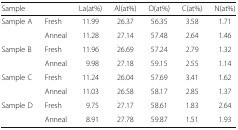
<table><thead><tr><td><b>Sample</b></td><td></td><td><b>La(at%)</b></td><td><b>Al(at%)</b></td><td><b>O(at%)</b></td><td><b>C(at%)</b></td><td><b>N(at%)</b></td></tr></thead><tbody><tr><td rowspan="2">Sample A</td><td>Fresh</td><td>11.99</td><td>26.37</td><td>56.35</td><td>3.58</td><td>1.71</td></tr><tr><td>Anneal</td><td>11.28</td><td>27.14</td><td>57.48</td><td>2.64</td><td>1.46</td></tr><tr><td rowspan="2">Sample B</td><td>Fresh</td><td>11.96</td><td>26.69</td><td>57.24</td><td>2.79</td><td>1.32</td></tr><tr><td>Anneal</td><td>9.98</td><td>27.18</td><td>59.15</td><td>2.55</td><td>1.14</td></tr><tr><td rowspan="2">Sample C</td><td>Fresh</td><td>11.24</td><td>26.04</td><td>57.69</td><td>3.41</td><td>1.62</td></tr><tr><td>Anneal</td><td>11.03</td><td>26.58</td><td>58.17</td><td>2.85</td><td>1.37</td></tr><tr><td rowspan="2">Sample D</td><td>Fresh</td><td>9.75</td><td>27.17</td><td>58.61</td><td>1.83</td><td>2.64</td></tr><tr><td>Anneal</td><td>8.91</td><td>27.78</td><td>59.87</td><td>1.51</td><td>1.93</td></tr></tbody></table>